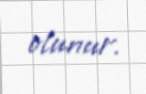
olunur.